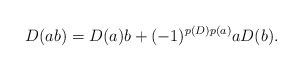
\begin{align*}D(ab)=D(a)b+(-1)^{p(D)p(a)}aD(b).\end{align*}